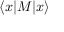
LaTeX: \langle x | M | x \rangle